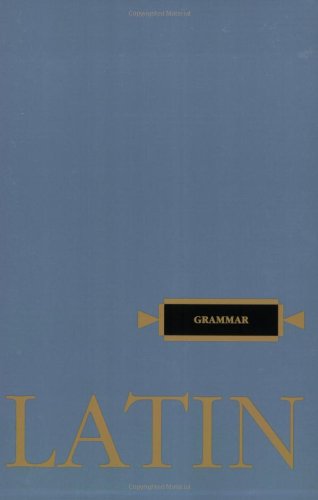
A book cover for Latin Grammar (Henle Latin); Robert J. Henle; Reference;